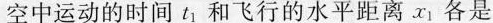
空中运动的时间t_{1}和飞行的水平距离x_{1}各是